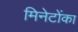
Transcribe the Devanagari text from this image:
मिनेटोंका